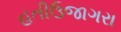
હતીઉજાગરા